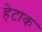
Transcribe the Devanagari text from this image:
हेटाक